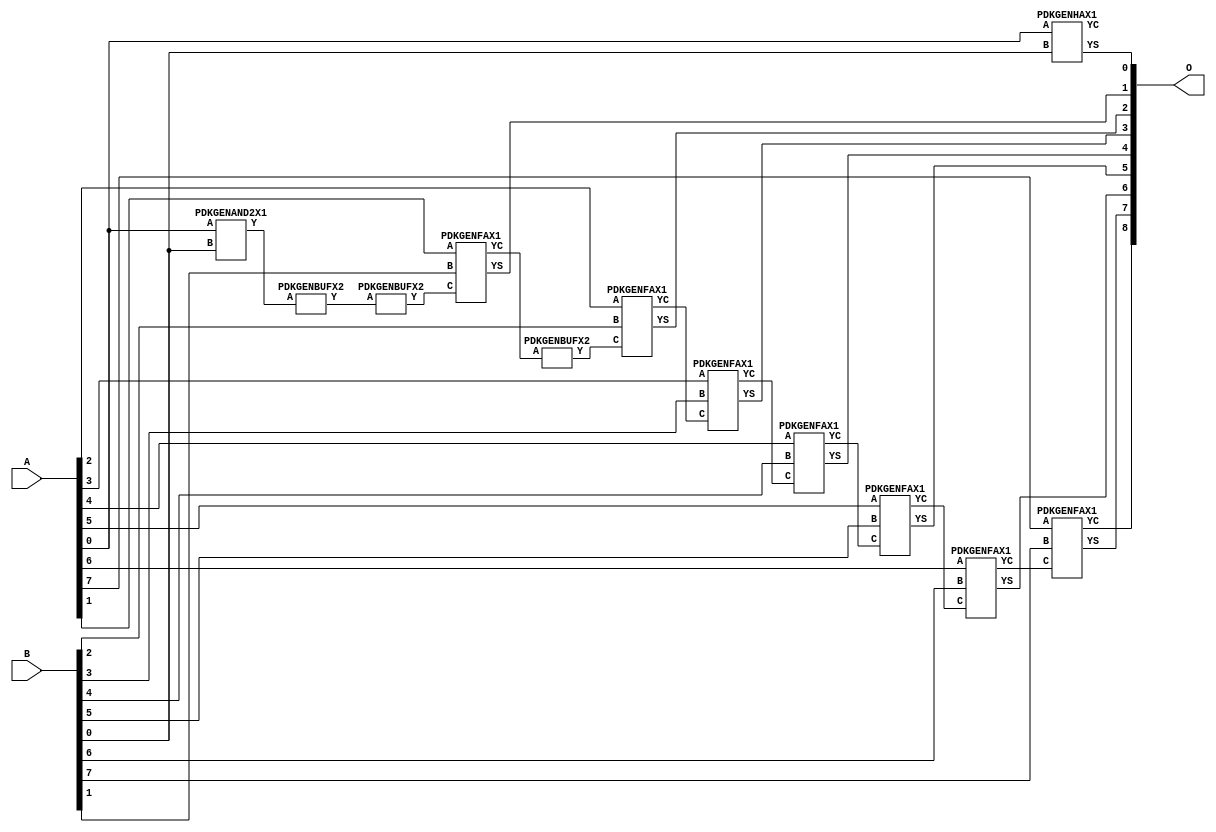
// Library = EvoApprox8b
// Circuit = add8_357
// Area   (180) = 1024
// Delay  (180) = 1.840
// Power  (180) = 364.80
// Area   (45) = 76
// Delay  (45) = 0.710
// Power  (45) = 34.78
// Nodes = 12
// HD = 0
// MAE = 0.00000
// MSE = 0.00000
// MRE = 0.00 %
// WCE = 0
// WCRE = 0 %
// EP = 0.0 %

module add8_357(A, B, O);
  input [7:0] A;
  input [7:0] B;
  output [8:0] O;
  wire [2031:0] N;

  assign N[0] = A[0];
  assign N[1] = A[0];
  assign N[2] = A[1];
  assign N[3] = A[1];
  assign N[4] = A[2];
  assign N[5] = A[2];
  assign N[6] = A[3];
  assign N[7] = A[3];
  assign N[8] = A[4];
  assign N[9] = A[4];
  assign N[10] = A[5];
  assign N[11] = A[5];
  assign N[12] = A[6];
  assign N[13] = A[6];
  assign N[14] = A[7];
  assign N[15] = A[7];
  assign N[16] = B[0];
  assign N[17] = B[0];
  assign N[18] = B[1];
  assign N[19] = B[1];
  assign N[20] = B[2];
  assign N[21] = B[2];
  assign N[22] = B[3];
  assign N[23] = B[3];
  assign N[24] = B[4];
  assign N[25] = B[4];
  assign N[26] = B[5];
  assign N[27] = B[5];
  assign N[28] = B[6];
  assign N[29] = B[6];
  assign N[30] = B[7];
  assign N[31] = B[7];

  PDKGENAND2X1 n32(.A(N[0]), .B(N[16]), .Y(N[32]));
  assign N[33] = N[32];
  PDKGENBUFX2 n50(.A(N[33]), .Y(N[50]));
  PDKGENBUFX2 n52(.A(N[50]), .Y(N[52]));
  assign N[53] = N[52];
  PDKGENHAX1 n76(.A(N[0]), .B(N[16]), .YS(N[76]), .YC(N[77]));
  PDKGENFAX1 n82(.A(N[2]), .B(N[18]), .C(N[53]), .YS(N[82]), .YC(N[83]));
  PDKGENBUFX2 n112(.A(N[83]), .Y(N[112]));
  PDKGENFAX1 n132(.A(N[4]), .B(N[20]), .C(N[112]), .YS(N[132]), .YC(N[133]));
  PDKGENFAX1 n182(.A(N[6]), .B(N[22]), .C(N[133]), .YS(N[182]), .YC(N[183]));
  PDKGENFAX1 n232(.A(N[8]), .B(N[24]), .C(N[183]), .YS(N[232]), .YC(N[233]));
  PDKGENFAX1 n282(.A(N[10]), .B(N[26]), .C(N[233]), .YS(N[282]), .YC(N[283]));
  PDKGENFAX1 n332(.A(N[12]), .B(N[28]), .C(N[283]), .YS(N[332]), .YC(N[333]));
  PDKGENFAX1 n382(.A(N[14]), .B(N[30]), .C(N[333]), .YS(N[382]), .YC(N[383]));

  assign O[0] = N[76];
  assign O[1] = N[82];
  assign O[2] = N[132];
  assign O[3] = N[182];
  assign O[4] = N[232];
  assign O[5] = N[282];
  assign O[6] = N[332];
  assign O[7] = N[382];
  assign O[8] = N[383];

endmodule
/* mod */
module PDKGENHAX1( input A, input B, output YS, output YC );
    assign YS = A ^ B;
    assign YC = A & B;
endmodule
/* mod */
module PDKGENAND2X1(input A, input B, output Y );
     assign Y = A & B;
endmodule
/* mod */
module PDKGENFAX1( input A, input B, input C, output YS, output YC );
    assign YS = (A ^ B) ^ C;
    assign YC = (A & B) | (B & C) | (A & C);
endmodule
/* mod */
module PDKGENBUFX2(input A, output Y );
     assign Y = A;
endmodule